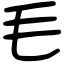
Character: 毛